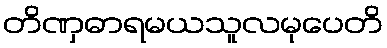
တိဏှဓာရမယသူလမုပေတိ